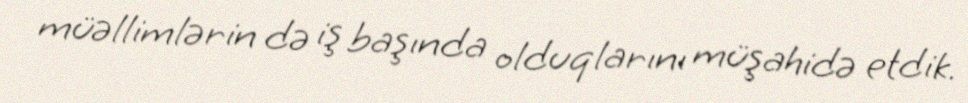
müəllimlərin də iş başında olduqlarını müşahidə etdik.